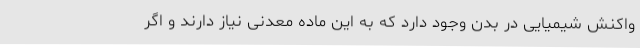
واکنش شیمیایی در بدن وجود دارد که به این ماده معدنی نیاز دارند و اگر